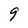
Character: 9